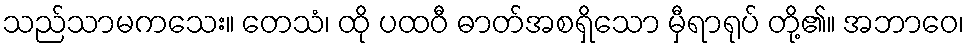
သည်သာမကသေး။ တေသံ၊ ထို ပထဝီ ဓာတ်အစရှိသော မှီရာရုပ် တို့၏။ အဘာဝေ၊